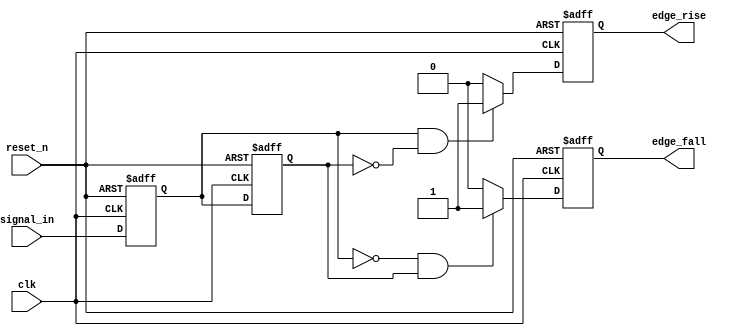
module glitch_free_edge_detector (
    input wire clk,            // Clock signal
    input wire reset_n,        // Active low asynchronous reset
    input wire signal_in,      // Input signal to detect edges
    output reg edge_rise,      // Rising edge output
    output reg edge_fall       // Falling edge output
);

    // Memory blocks to hold current and previous states
    reg current_state;         // Current state of signal_in
    reg previous_state;        // Previous state of signal_in

    // Always block triggered on the rising edge of the clock or on reset
    always @(posedge clk or negedge reset_n) begin
        if (!reset_n) begin
            // Reset the states and outputs
            current_state <= 1'b0;
            previous_state <= 1'b0;
            edge_rise <= 1'b0;
            edge_fall <= 1'b0;
        end else begin
            // Update the previous state to current state
            previous_state <= current_state;

            // Capture the current state of the input signal
            current_state <= signal_in;

            // Edge detection logic
            edge_rise <= (current_state == 1'b1 && previous_state == 1'b0) ? 1'b1 : 1'b0;
            edge_fall <= (current_state == 1'b0 && previous_state == 1'b1) ? 1'b1 : 1'b0;
        end
    end
endmodule